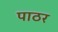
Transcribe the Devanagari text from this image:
पाठर